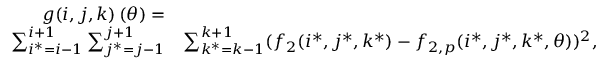
\begin{array} { r l } { g ( i , j , k ) \left( \theta \right) = } & { } \\ { \sum _ { i ^ { * } = i - 1 } ^ { i + 1 } \sum _ { j ^ { * } = j - 1 } ^ { j + 1 } } & { \sum _ { k ^ { * } = k - 1 } ^ { k + 1 } ( f _ { 2 } ( i ^ { * } , j ^ { * } , k ^ { * } ) - f _ { 2 , p } ( i ^ { * } , j ^ { * } , k ^ { * } , \theta ) ) ^ { 2 } \mathrm { , } } \end{array}